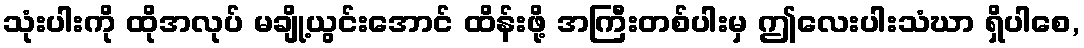
သုံးပါးကို ထိုအလုပ် မချို့ယွင်းအောင် ထိန်းဖို့ အကြီးတစ်ပါးမှ ဤလေးပါးသံဃာ ရှိပါစေ,